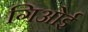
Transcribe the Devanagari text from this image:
गिओई